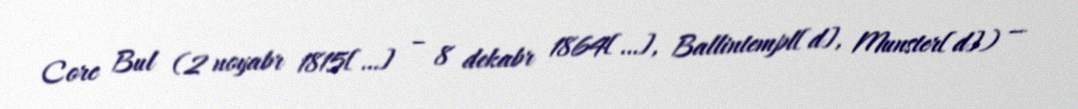
Corc Bul (2 noyabr 1815[…] – 8 dekabr 1864[…], Ballintempl[d], Munster[d]) —